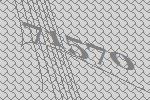
71570